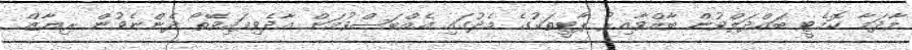
މާދަމާ ކޮމެޓީ ބައްދަލްވުން ބާއްވާއިރު ޕާޓީތަކުގެ މެދުގައި އެއްބަސްވުމަށް އާދެވިފައިވޭތޯ ދެންނެވުން ރިޔާޒް